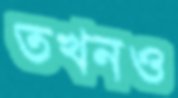
তখনও